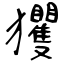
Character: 玃